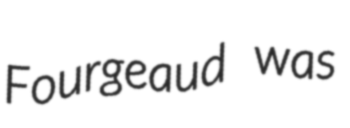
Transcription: Fourgeaud was